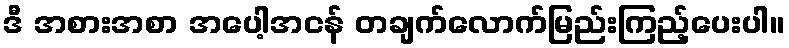
ဒီ အစားအစာ အပေါ့အငန် တချက်လောက်မြည်းကြည့်ပေးပါ။